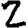
Digit: 2